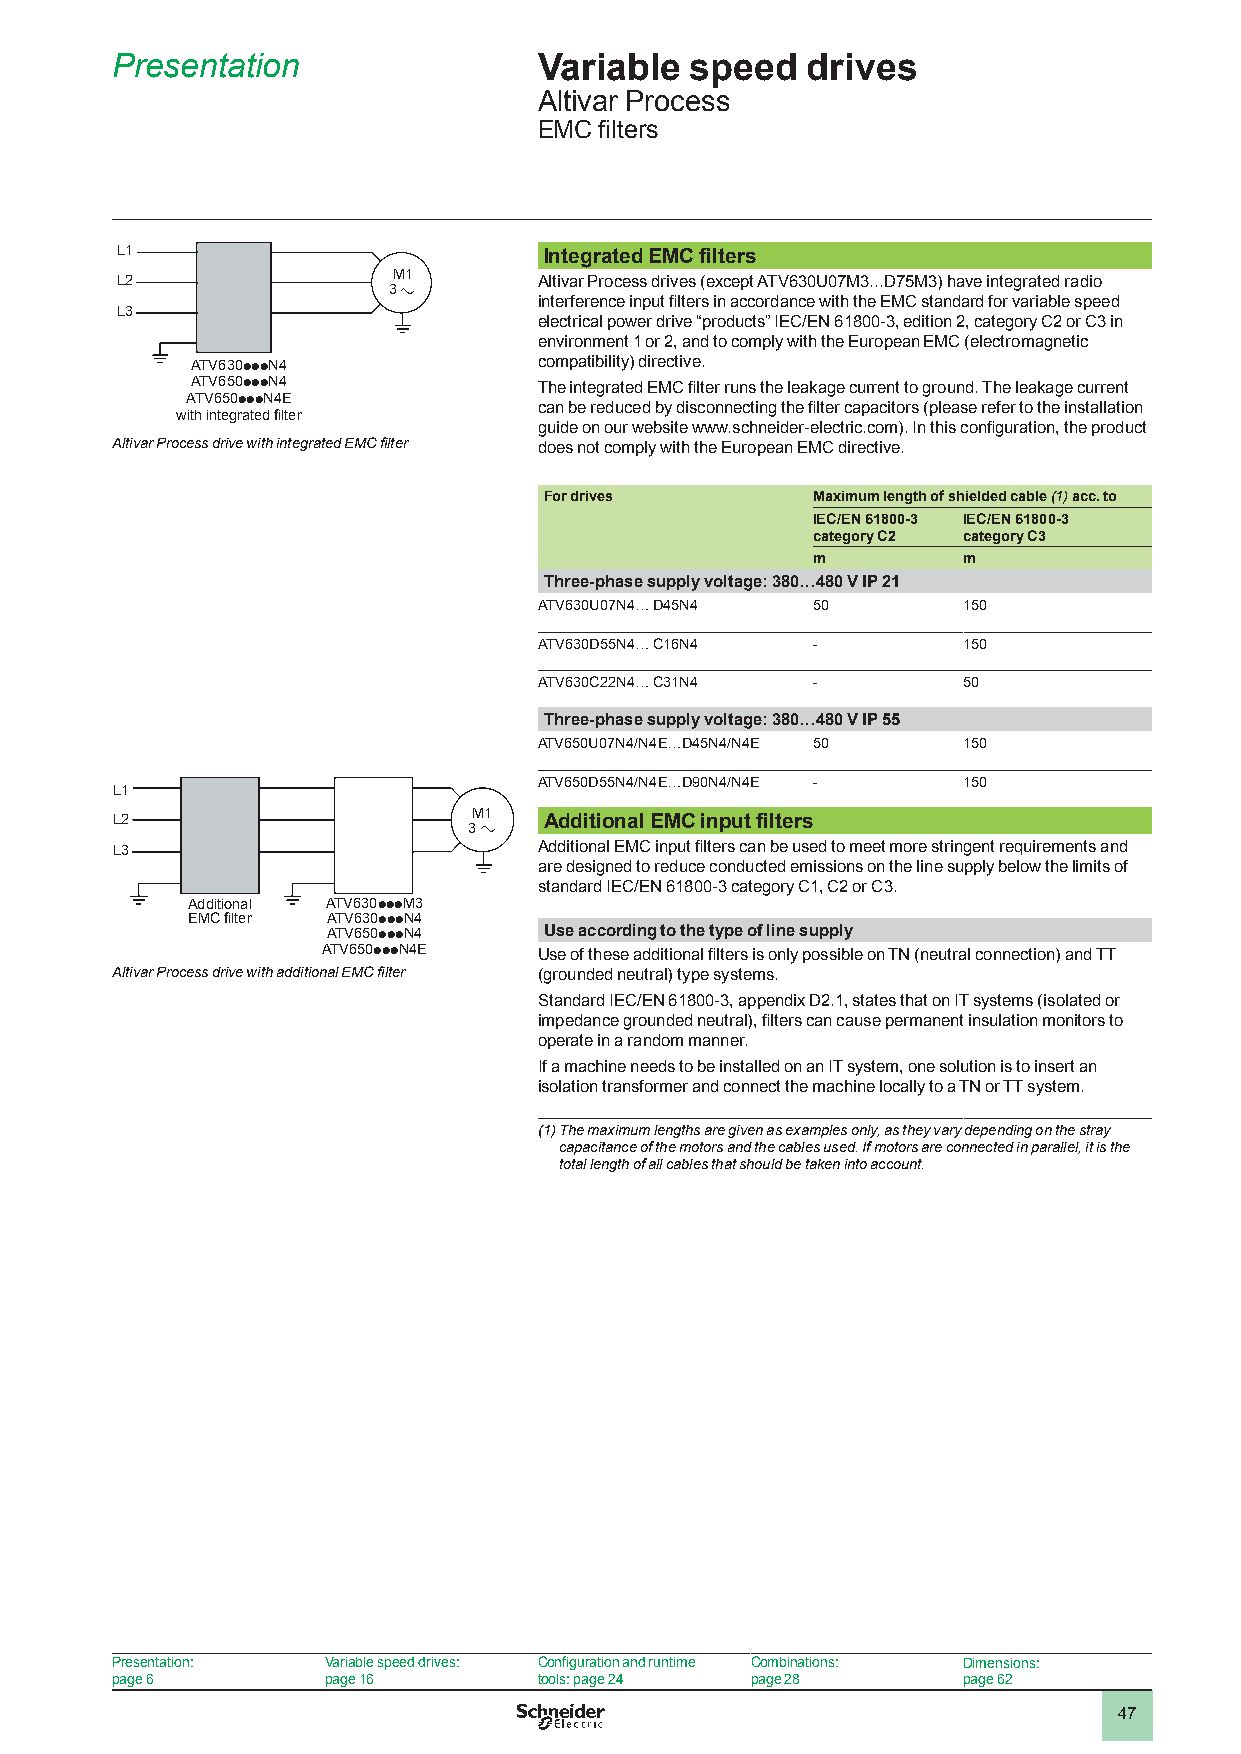
Presentation                 Variable  speed  drives
 Altivar Process
 EMC filters
 L1                          Integrated EMC filters
 L2                M1        Altivar Process drives (except ATV630U07M3...D75M3) have integrated radio
 3
 interference input filters in accordance with the EMC standard for variable speed
 L3
 electrical power drive “products” IEC/EN 61800-3, edition 2, category C2 or C3 in
 environment 1 or 2, and to comply with the European EMC (electromagnetic
 ATV630pppN4            compatibility) directive.
 ATV650pppN4
 The integrated EMC filter runs the leakage current to ground. The leakage current
 ATV650pppN4E
 can be reduced by disconnecting the filter capacitors (please refer to the installation
 with integrated filter
 guide on our website www.schneider-electric.com). In this configuration, the product
 Altivar Process drive with integrated EMC filter does not comply with the European EMC directive.
 For drives        Maximum length of shielded cable (1) acc. to
 IEC/EN 61800-3 IEC/EN 61800-3
 category C2 category C3
 m         m
 Three-phase supply voltage: 380…480 V IP 21
 ATV630U07N4… D45N4 50       150
 ATV630D55N4… C16N4 -        150
 ATV630C22N4… C31N4 -        50
 Three-phase supply voltage: 380…480 V IP 55
 ATV650U07N4/N4E…D45N4/N4E 50 150
 ATV650D55N4/N4E…D90N4/N4E - 150
 L1
 L2                      M1   Additional EMC input filters
 3
 L3                           Additional EMC input filters can be used to meet more stringent requirements and
 are designed to reduce conducted emissions on the line supply below the limits of
 standard IEC/EN 61800-3 category C1, C2 or C3.
 Additional ATV630pppM3
 EMC filter ATV630pppN4
 ATV650pppN4   Use according to the type of line supply
 ATV650pppN4E
 Use of these additional filters is only possible on TN (neutral connection) and TT
 Altivar Process drive with additional EMC filter (grounded neutral) type systems.
 Standard IEC/EN 61800-3, appendix D2.1, states that on IT systems (isolated or
 impedance grounded neutral), filters can cause permanent insulation monitors to
 operate in a random manner.
 If a machine needs to be installed on an IT system, one solution is to insert an
 isolation transformer and connect the machine locally to a TN or TT system.
 (1) The maximum lengths are given as examples only, as they vary depending on the stray
 capacitance of the motors and the cables used. If motors are connected in parallel, it is the
 total length of all cables that should be taken into account.
 Presentation:  Variable speed drives: Configuration and runtime Combinations: Dimensions:
 page 6         page 16       tools: page 24 page 28      page 62
 47